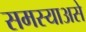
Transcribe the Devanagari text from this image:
समस्याअसे